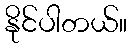
နိုင်ပါတယ်။